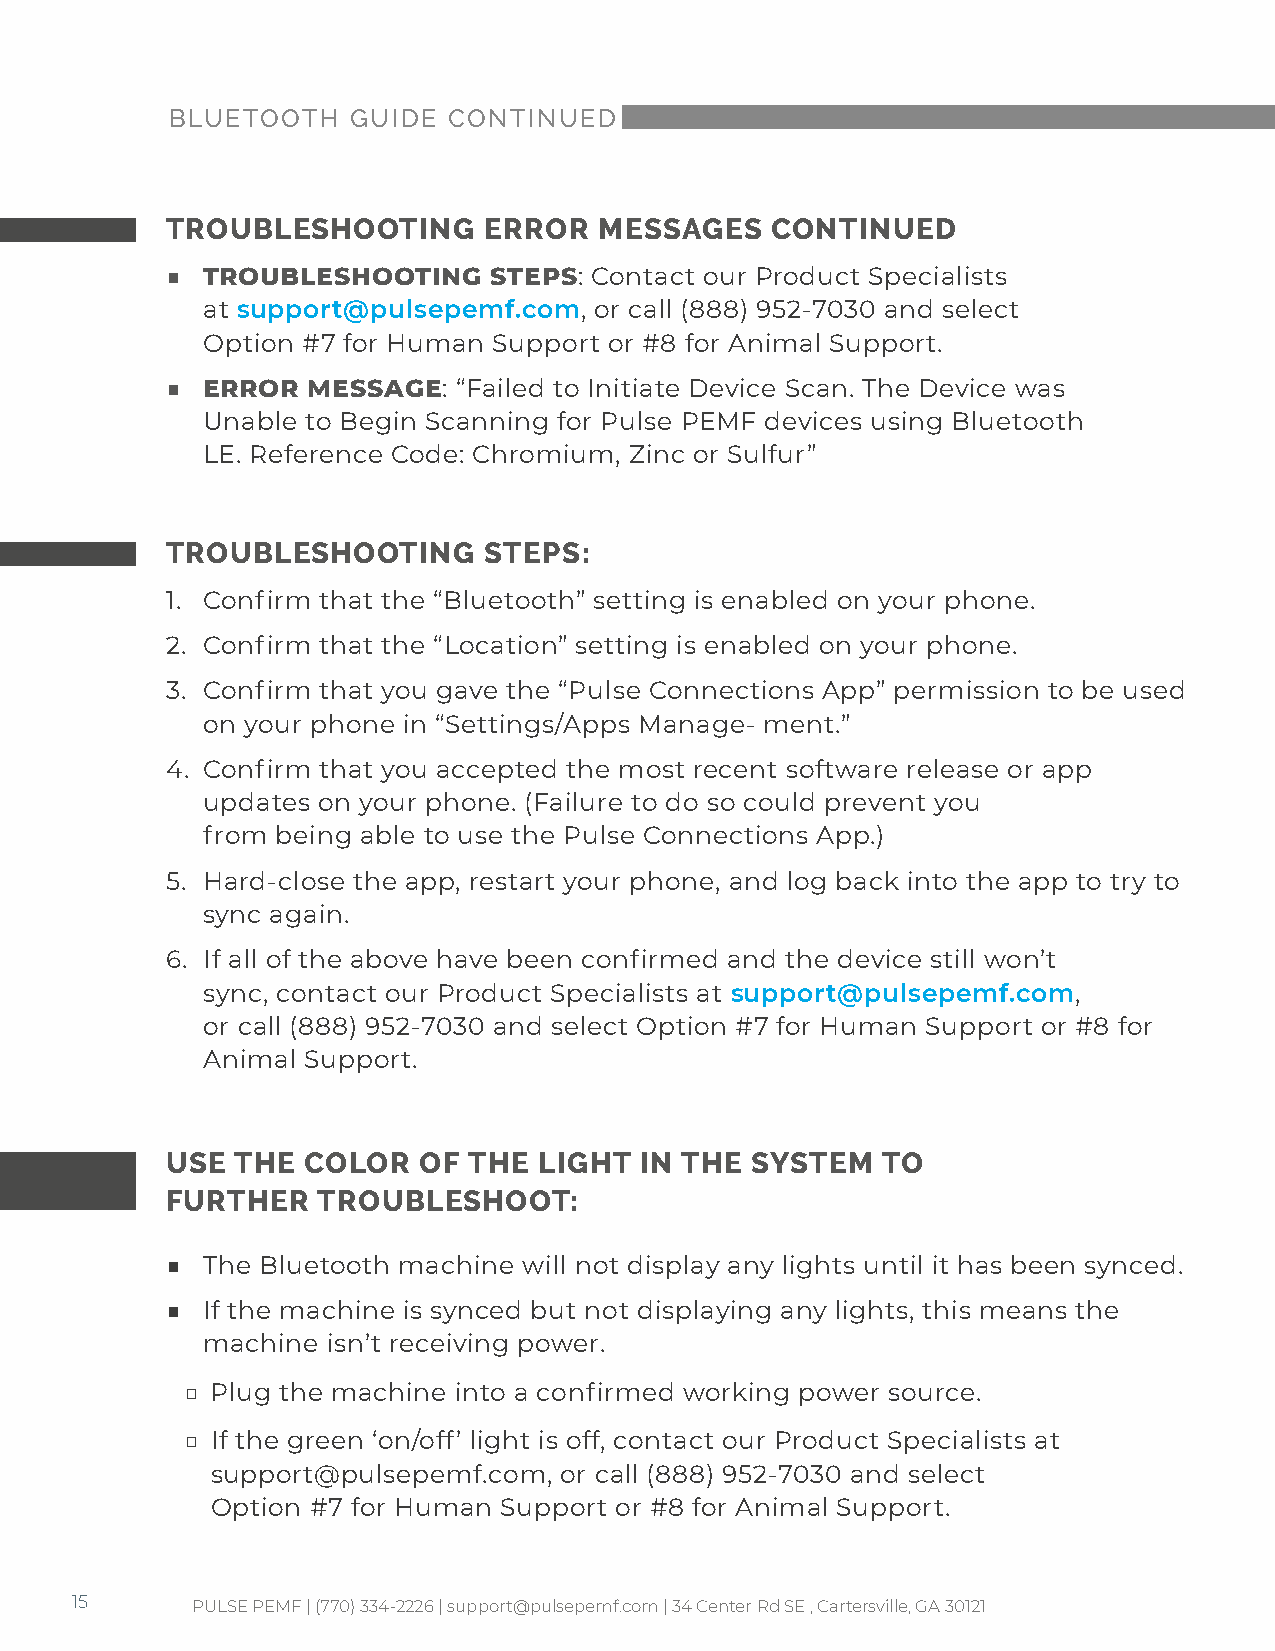
BLUETOOTH   GUIDE  CONTINUED
 TROUBLESHOOTING      ERROR   MESSAGES   CONTINUED
 ■ TROUBLESHOOTING     STEPS: Contact our Product Specialists
 at support@pulsepemf.com, or call (888) 952-7030 and select
 Option #7 for Human Support or #8 for Animal Support.
 ■ ERROR  MESSAGE:  “Failed to Initiate Device Scan. The Device was
 Unable to Begin Scanning for Pulse PEMF devices using Bluetooth
 LE. Reference Code: Chromium, Zinc or Sulfur”
 TROUBLESHOOTING      STEPS:
 1. Confirm that the “Bluetooth” setting is enabled on your phone.
 2. Confirm that the “Location” setting is enabled on your phone.
 3. Confirm that you gave the “Pulse Connections App” permission to be used
 on your phone in “Settings/Apps Manage- ment.”
 4. Confirm that you accepted the most recent software release or app
 updates on your phone. (Failure to do so could prevent you
 from being able to use the Pulse Connections App.)
 5. Hard-close the app, restart your phone, and log back into the app to try to
 sync again.
 6. If all of the above have been confirmed and the device still won’t
 sync, contact our Product Specialists at support@pulsepemf.com,
 or call (888) 952-7030 and select Option #7 for Human Support or #8 for
 Animal Support.
 USE  THE COLOR   OF THE  LIGHT IN THE  SYSTEM  TO
 FURTHER   TROUBLESHOOT:
 ■ The Bluetooth machine will not display any lights until it has been synced.
 ■ If the machine is synced but not displaying any lights, this means the
 machine  isn’t receiving power.
 □ Plug the machine into a confirmed working power source.
 □ If the green ‘on/off’ light is off, contact our Product Specialists at
 support@pulsepemf.com, or call (888) 952-7030 and select
 Option #7 for Human Support or #8 for Animal Support.
 15      PULSE PEMF | (770) 334-2226 | support@pulsepemf.com | 34 Center Rd SE , Cartersville, GA 30121